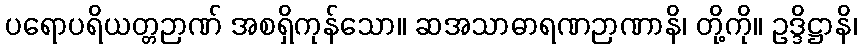
ပရောပရိယတ္တဉာဏ် အစရှိကုန်သော။ ဆအသာဓာရဏဉာဏာနိ၊ တို့ကို။ ဥဒ္ဒိဋ္ဌာနိ၊